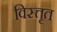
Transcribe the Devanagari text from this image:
विस्त्तृत